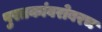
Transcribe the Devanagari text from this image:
पुस्तकांबरोबरच